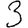
Digit: 3